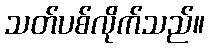
သတ်ပစ်လိုက်သည်။